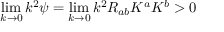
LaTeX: \operatorname * { l i m } _ { k \rightarrow 0 } k ^ { 2 } \psi = \operatorname * { l i m } _ { k \rightarrow 0 } k ^ { 2 } R _ { a b } K ^ { a } K ^ { b } > 0